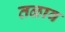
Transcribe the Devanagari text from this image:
तळाव